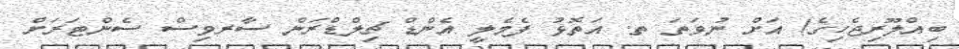
ބިއްލޫރިޖެހިގެ) އަށް ނުވަތަ ތ. އަތޮޅު ފެމެލީ އެންޑް ޗިލްޑްރަން ސާރވިސް ސެންޓަރަށް